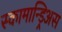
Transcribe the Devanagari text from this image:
स्कामान्ड्रिअस